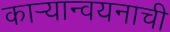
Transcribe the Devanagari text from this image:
काऱ्यान्वयनाची